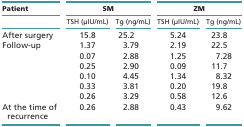
| Patient | <COLSPAN=2> SM | <COLSPAN=2> ZM |
 |  | TSH (μIU/mL) | Tg (ng/mL) | TSH (μIU/mL) | Tg (ng/mL) |
 | --- | --- | --- | --- | --- |
 | After surgery | 15.8 | 25.2 | 5.24 | 23.8 |
 | Follow-up | 1.37 | 3.79 | 2.19 | 22.5 |
 |  | 0.07 | 2.88 | 1.25 | 7.28 |
 |  | 0.25 | 2.90 | 0.09 | 11.7 |
 |  | 0.10 | 4.45 | 1.34 | 8.32 |
 |  | 0.33 | 3.81 | 0.20 | 19.8 |
 |  | 0.26 | 3.29 | 0.58 | 12.6 |
 | At the time of recurrence | 0.26 | 2.88 | 0.43 | 9.62 |